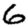
Digit: 6